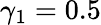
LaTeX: \gamma_{1}=0.5